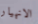
الانهيار